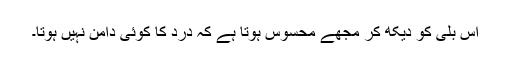
اس بلی کو دیکھ کر مجھے محسوس ہوتا ہے کہ درد کا کوئی دامن نہیں ہوتا۔